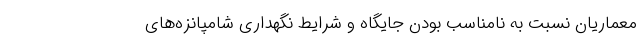
معماریان نسبت به نامناسب بودن جایگاه‌ و شرایط نگهداری شامپانزه‌های